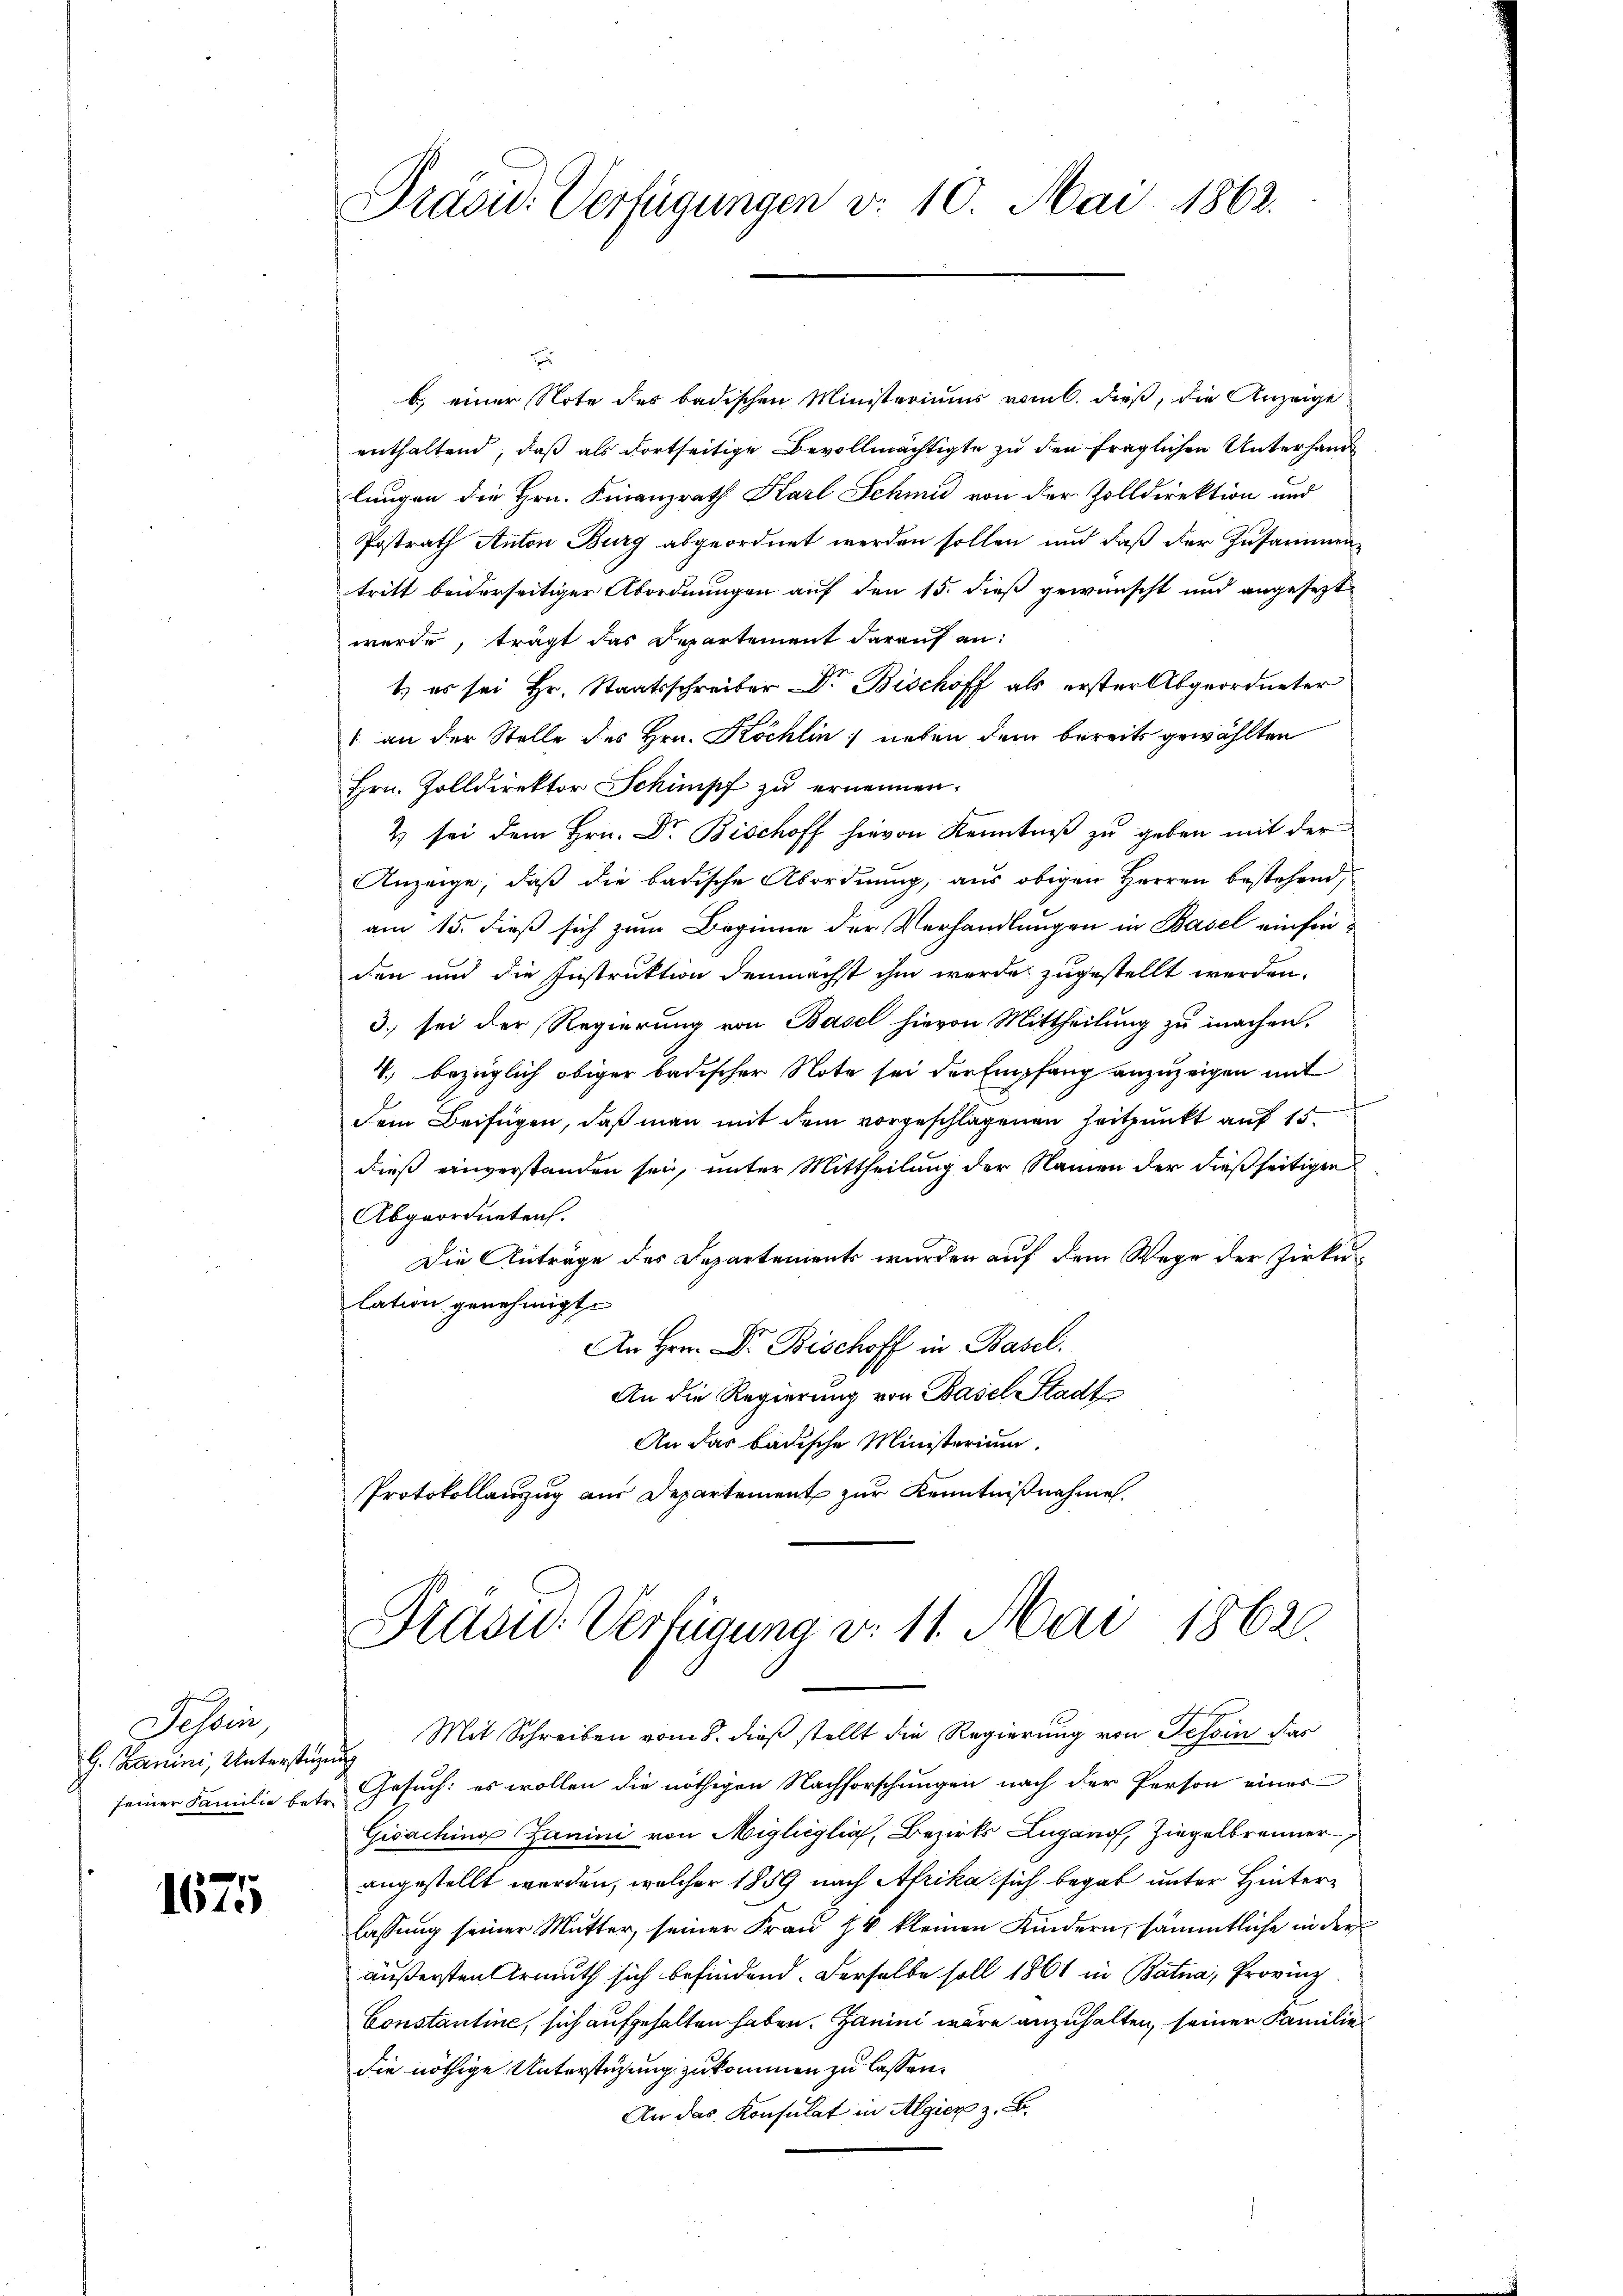
Tessin,
G. Zanini, Unterstüze

1675

Präsid. Verfügungen v. 10. Mai 1862.

b.) einer Note des badischen Ministeriums vom 6. dieß, die Anzeige
enthaltend, daß als dortseitige Bevollmächtigte zu den fraglichen Unterhand
lungen die Hrn. Finanzrath Karl Schmid von der Zolldirektion und
Postrath Anton Burg abgeordnet werden sollen und daß der Zusammentritt beiderseitiger Abordnungen auf den 15. dieß gewünscht und angesezt
werde, trägt das Departement darauf an:
1.) es sei Hr. Staatsschreiber Dr. Bischoff als erster Abgeordneter
1 an der Stelle des Hrn. Köchlin neben dem bereits gewählten
Hrn. Zolldirektor Schimpf zu ernennen.
2 sei dem Hrn. Dr. Bischoff hievon Kenntniß zu geben mit der
Anzeige, daß die badische Abordnung, aus obigen Herren bestehend,
am 15. dieß sich zum Beginne der Verhandlungen in Basel einfinden und die Instruktion demnächst ihm werde zugestellt werden.
3. sei der Regierung von Basel hievon Mittheilung zu machen.
V. bezüglich obiger badischer Note sei der Empfang anzuzeigen mit
Dem Beifügen, daß man mit dem vorgeschlagenen Zeitpunkt auf 15
dieß einverstanden sei, unter Mittheilung der Namen der dießseitigen
Abgeordneten.
Die Anträge des Departements wurden auf dem Wege der Zirku
lation genehmigt.
An Hrn. Dr. Bischoff in Basel.
An die Regierung von Basel Stadt
An das badische Ministerium.
Protokollanzug aus Departement zur Kenntnißnahme.

Präsid. Verfügung v. 11. Mai 1862.

Mit Schreiben vom 8. dieß stellt die Regierung von Tessin das
ich
seiner Familie betr. Gesuch: es wollen die nöthigen Nachforschungen nach der Person einer
Gioaching Zanini von Migléglig, Bezirks Lugano, Ziegelbrenner
angestellt werden, welcher 1859 nach Afrika sich begab unter Hinterlassung seiner Mutter, seiner Frau 18 kleinen Kindern, sämmtliche in der
äußersten Armuth sich befindend. Derselbe soll 1861 in Bata, Provinz
Constantine, sich aufgehalten haben. Janini wäre anzuhalten, seiner Familie
die nöthige Unterstüzung zukommen zu lassen.
An das Konsulat in Algier z. B.